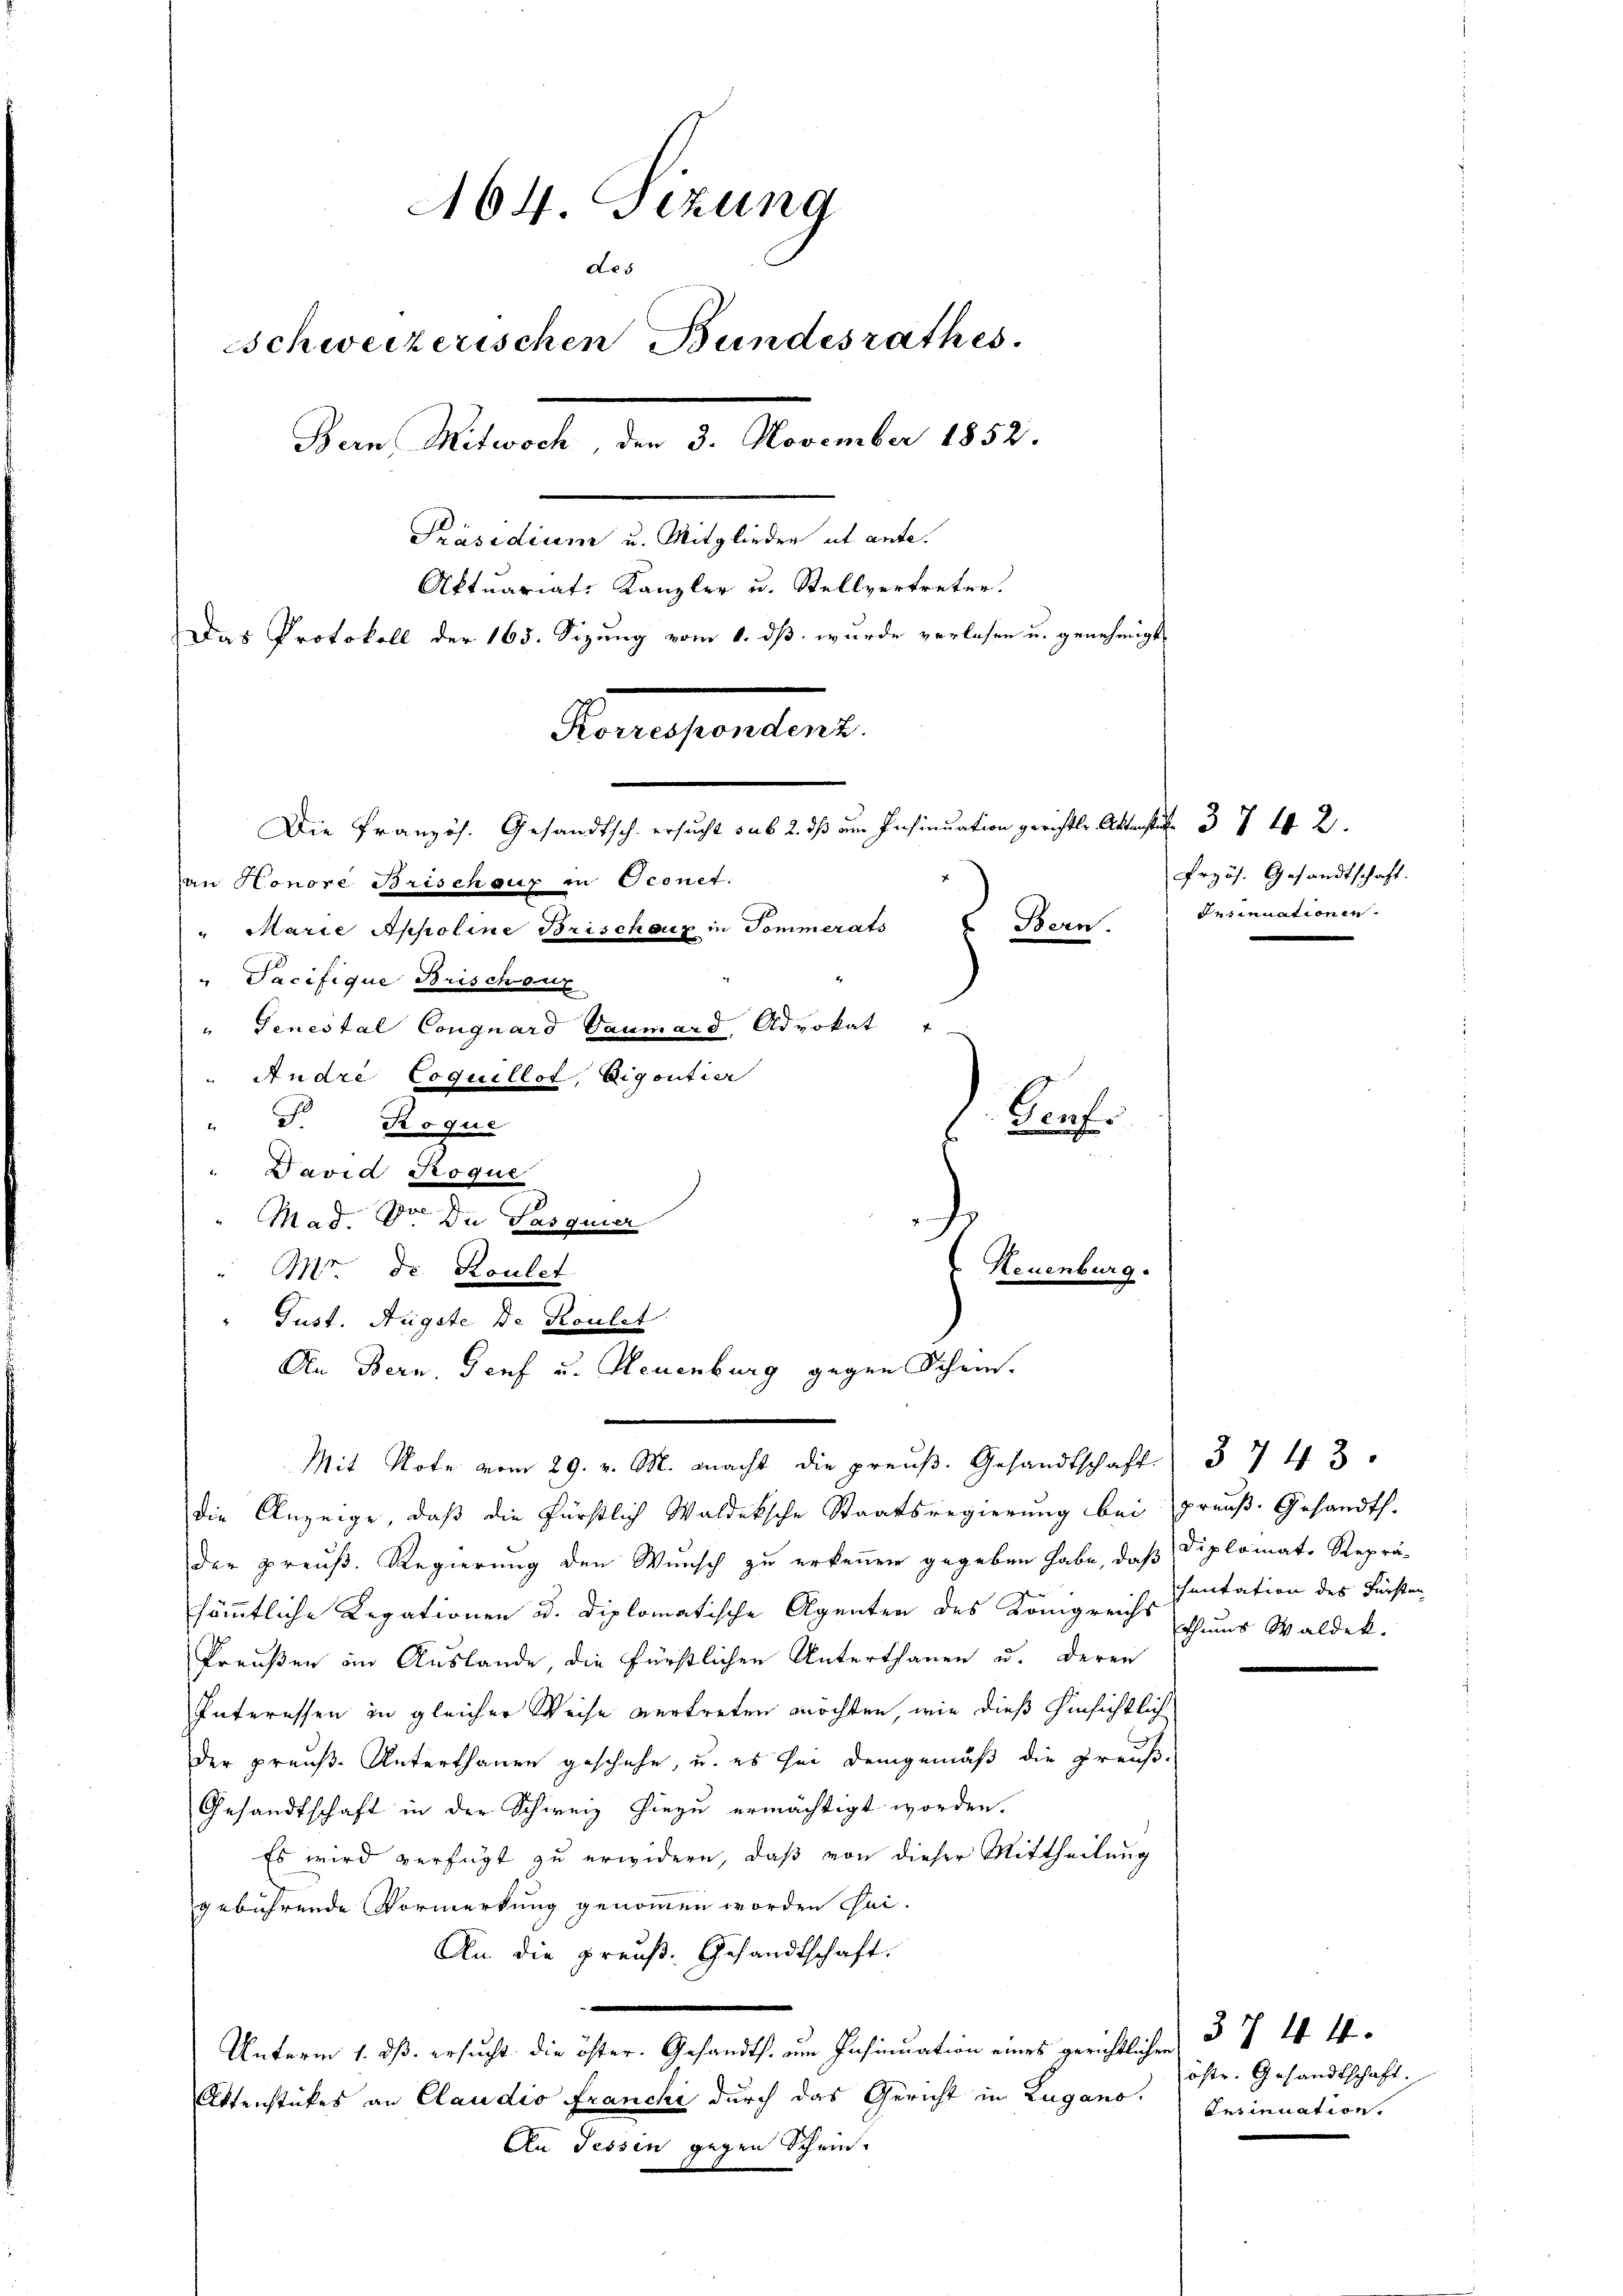
A64. Sizung
des
Sschweizerischen Bundesrathes.
Bern, Mitwoch, den 3. November 1852.
Präsidium u. Mitglieder et ante.
Aktuariats Kanzler u. Stellvertreter.
Das Protokoll der 165. Sizung vom 1. dß wurde verlesen u. genehmigt
Korresponden z.
Die Französ. Gesandtsch ersucht 562. ß am Insinuation gerichte Attest. 372.
an Honore Brischeur in Oconet:
" Marie Appoline Brischoux in Sommerats
 Bern.
"Dacifique Brischoux
" Genestal Congnard Gaumard, Advokat
" Andre Coquillot, Eigoutier

" F. Roque
David Poque
die Anzeige, daß die Fürstlich Waldeksche Staatsregierung bei preuß. Gesandth.
der preuß. Regierung den Wunsch zu erkennen gegeben habe, daß Diplomats Reprä-
sämmtliche Legationen u. diplomatische Agenten des Königreichs Thuns Waldek.
Preußen im Auslande, die fürstlichen Unterthanen u. deren
Interessen in gleicher Weise vertreten möchten, wie dieß hinsichtlich
der preuß. Unterthanen geschehe, u. es sei demgemäß die preuß-
Gesandtschaft in der Schweiz hiezu ermächtigt worden.
Es wird verfügt zu erwidern, daß von dieser Mittheilung
gebührende Vormerkung genommen worden Chai-
An die Preuß. Gesandtschaft.

Unterm 1. ds. ersucht die öster. Gesandts. um Insinuation eines gerichtlichen 37 n 1.
Attenstückes an Claudio Franchi durch das Gericht in Lugano.
An Tessin gegen Schein

Gruf

Neuenburg.

Mag. Dr. Die Pasquier
Mr de Roulet
Just. Augste de Roulet
An Bern, Genf u. Neuenburg gegen Schein.
n
Mit Note vom 29. v. M. macht die preuß. Gesandtschaft.

Przös. Gesandtschaft.
desinuationen.

3743.
hantation des Fürsten

öste. Gesandtschaft.
Insinuation.